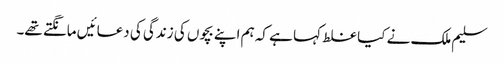
سلیم ملک نے کیا غلط کہا ہے کہ ہم اپنے بچوں کی زندگی کی دعائیں مانگتے تھے۔